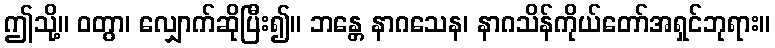
ဤသို့။ ဝတွာ၊ လျှောက်ဆိုပြီး၍။ ဘန္တေ နာဂသေန၊ နာဂသိန်ကိုယ်တော်အရှင်ဘုရား။